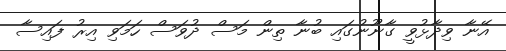
އޭނާ ވިދާޅުވީ ގާނޫނުގައި ބުނާ ތިން މަސް ދުވަސް ހަމަވި އިރު ފައިސާ